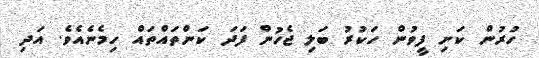
ހުރުން ކަށި ފީވުން ހަކުރު ބަލި ޖެހުން ފަދަ ކަންތައްތައް ހިމެނެއެވެ. އަދި